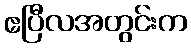
ဧပြီလအတွင်းက